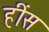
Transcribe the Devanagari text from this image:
हींस